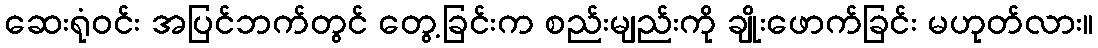
ဆေးရုံဝင်း အပြင်ဘက်တွင် တွေ့ခြင်းက စည်းမျည်းကို ချိုးဖောက်ခြင်း မဟုတ်လား။